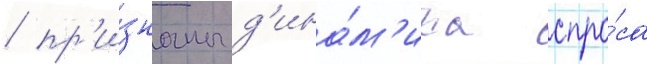
/ пр'и́знаны д'ина́м'ика спро́са